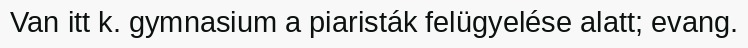
Van itt k. gymnasium a piaristák felügyelése alatt; evang.